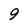
Character: 9